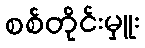
စစ်တိုင်းမှူး